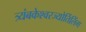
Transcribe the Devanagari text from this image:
त्र्यंबकेश्‍वरज्योर्तिलिंग